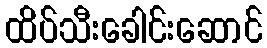
ထိပ်သီးခေါင်းဆောင်